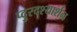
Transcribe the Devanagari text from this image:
प्दुरदश्यार्शन